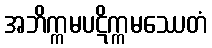
အဘိက္ကမပဋိက္ကမဿေတံ